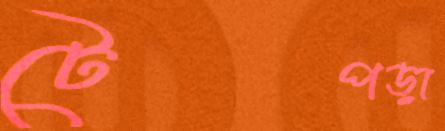
টেপড়া